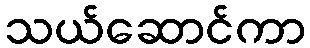
သယ်ဆောင်ကာ